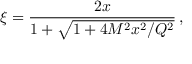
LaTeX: \xi = \frac { 2 x } { 1 + \sqrt { 1 + 4 M ^ { 2 } x ^ { 2 } / Q ^ { 2 } } } \, ,